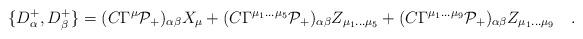
LaTeX: \begin{align*}\{D_\alpha^+,D_\beta^+\}=(C\Gamma^\mu \mathcal{P}_+)_{\alpha\beta} X_\mu+ (C\Gamma^{\mu_1\dots \mu_5} \mathcal{P}_+)_{\alpha\beta} Z_{\mu_1\dots \mu_5}+ (C\Gamma^{\mu_1\dots \mu_9} \mathcal{P}_+)_{\alpha\beta} Z_{\mu_1\dots \mu_9} \quad.\end{align*}